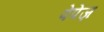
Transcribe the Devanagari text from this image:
पेपेज़